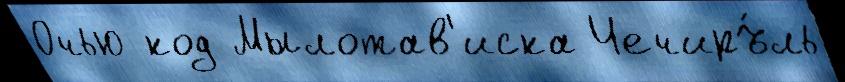
Очью код Мылотав'иска Чечиръ́ль